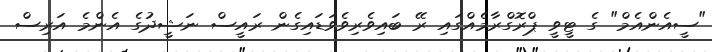
"ސީއެންއެމް" ގެ ޓީވީ ޕްރޮގްރާމެއްގައި ރޭ ބައިވެރިވެވަޑައިގެން ރައީސް ނަޝީދުގެ އެންމެ އަރިސް